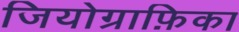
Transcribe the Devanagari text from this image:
जियोग्राफ़िका